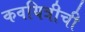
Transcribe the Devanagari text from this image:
कवयित्रीची